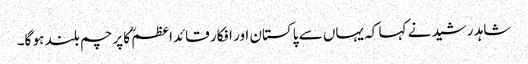
شاہد رشید نے کہا کہ یہاں سے پاکستان اور افکار قائداعظمؒ کا پرچم بلند ہو گا۔